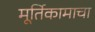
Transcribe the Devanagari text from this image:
मूर्तिकामाचा